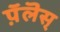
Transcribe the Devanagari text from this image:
प़ॅलॆस्